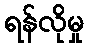
ရန်လိုမှု